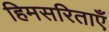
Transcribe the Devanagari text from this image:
हिमसरिताएँ